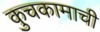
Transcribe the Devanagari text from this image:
कुचकामाची